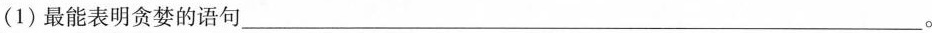
(1)最能表明贪婪的语句___。